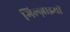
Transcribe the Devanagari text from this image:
गिल्ज़ाइयों